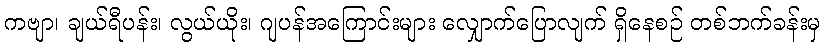
ကဗျာ၊ ချယ်ရီပန်း၊ လွယ်ယိုး၊ ဂျပန်အကြောင်းများ လျှောက်ပြောလျက် ရှိနေစဉ် တစ်ဘက်ခန်းမှ